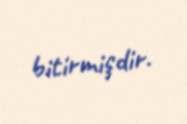
bitirmişdir.